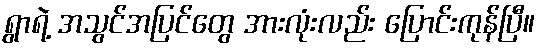
ရွာရဲ့ အသွင်အပြင်တွေ အားလုံးလည်း ပြောင်းကုန်ပြီ။